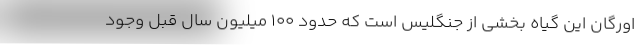
اورگان این گیاه بخشی از جنگلیس است که حدود ۱۰۰ میلیون سال قبل وجود